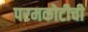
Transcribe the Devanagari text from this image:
परमकोटीची